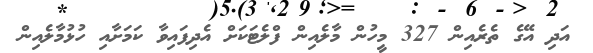
އަދި އޭގެ ތެރެއިން 327 މީހުން މާލެއިން ފްލެޓަކަށް އެދިފައިވާ ކަމަށާއި ހުޅުމާލެއިން